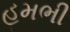
હમભી